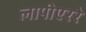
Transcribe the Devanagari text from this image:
लापीएररे